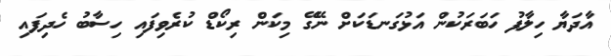
އާދަޔާ ހިލާފު ހަބަރަކުން އަޅުގަނޑަކަށް ނޭގޭ މިކަން ރިކޯޑް ކުރެވިފައި ހިސާބު ހެދިފައި